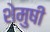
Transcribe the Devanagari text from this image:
शेमुषी